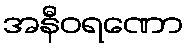
အနီဝရဏော